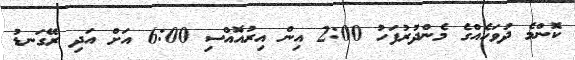
ކޮންމެ ދުވަހެއްގެ މެންދުރުފަހު 2:00 އިން އިރުއޮއްސި 6:00 އަށް އަދި ރޭގަނޑު